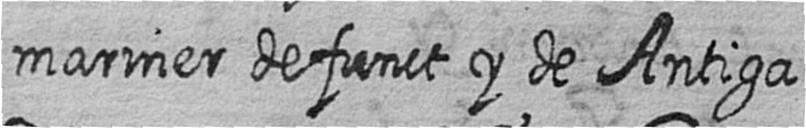
mariner defunct y de Antiga